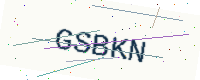
Text: GSBKN